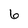
Character: 6